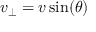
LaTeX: v _ { \perp } = v \sin ( \theta )